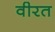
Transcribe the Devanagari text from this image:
वीरत